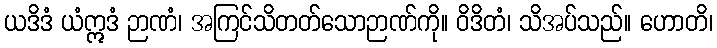
ယဒိဒံ ယံဣဒံ ဉာဏံ၊ အကြင်သိတတ်သောဉာဏ်ကို။ ဝိဒိတံ၊ သိအပ်သည်။ ဟောတိ၊